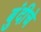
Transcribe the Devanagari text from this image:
बुंदीचे